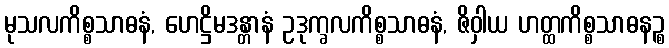
မုသလကိစ္စသာဓနံ, ဟေဋ္ဌိမဒန္တာနံ ဥဒုက္ခလကိစ္စသာဓနံ, ဇိဝှါယ ဟတ္ထကိစ္စသာဓနဉ္စ